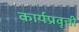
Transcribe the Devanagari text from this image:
कार्यप्रवृत्ती